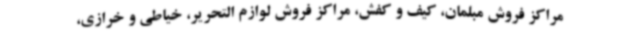
مراکز فروش مبلمان، کیف و کفش، مراکز فروش لوازم التحریر، خیاطی و خرازی،